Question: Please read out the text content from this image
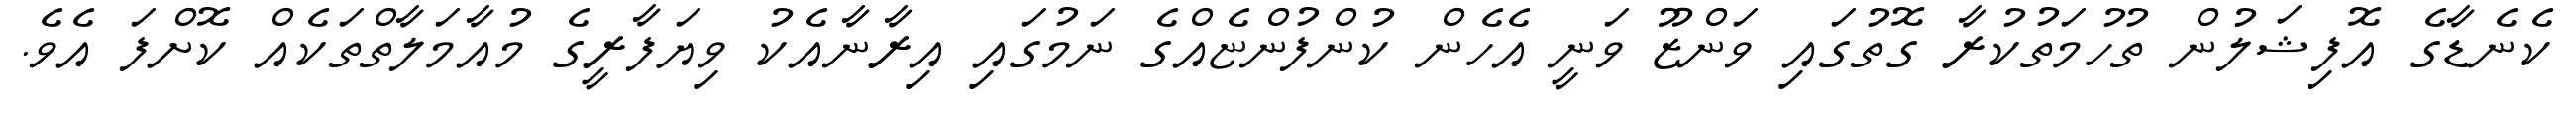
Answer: ކެނެޑާގެ އޮފިޝަލުން ތުހުމަތުކުރާ ގޮތުގައި ވަންޒޫ ވަނީ އެހެން ކުންފުންޏެއްގެ ނަމުގައި އިރާނާއެކު ވިޔަފާރީގެ މުއާމަލާތްތަކެއް ކޮށްފަ އެވެ.